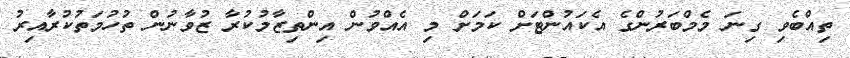
ތިއްބެވި ގިނަ މެމްބަރުންގެ އެކައުންޓަށް ކަމަށް މި އެެއްވުން އިންތިޒާމުކުރާ ޒުވާނުން ތުހުމަތުކުރާއިރު